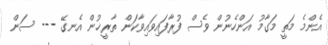
އެންމެ މަތީ މަގާމު އަންހެނުން ވެސް ފުރާފައިވައިވާކަން ތާރީޚުން އެނގޭ --- ސަން